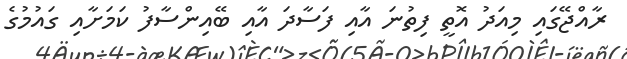
ރާއްޖޭގައި މިއަދު އޮތީ ފިތުނަ އާއި ފަސާދަ އާއި ބޭއިންސާފު ކަމަށާއި ގައުމުގެ